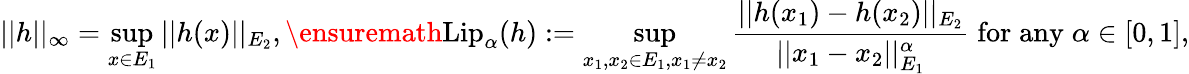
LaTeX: ||h||_{\infty}=\underset{x\in E_{1}}{\operatorname*{sup}}||h(x)||_{E_{2}},\ensuremath{\mathrm{Lip}}_{\alpha}(h):=\underset{x_{1},x_{2}\in E_{1},x_{1}\not=x_{2}}{\operatorname*{sup}}\frac{||h(x_{1})-h(x_{2})||_{E_{2}}}{||x_{1}-x_{2}||_{E_{1}}^{\alpha}}\; \mathrm{for}\; \mathrm{any}\; \alpha\in[0,1],